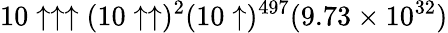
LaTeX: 10\uparrow\uparrow\uparrow(10\uparrow\uparrow)^{2}(10\uparrow)^{497}(9.73\times 10^{32})